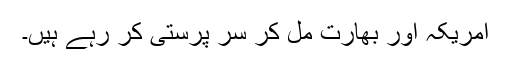
امریکہ اور بھارت مل کر سر پرستی کر رہے ہیں۔